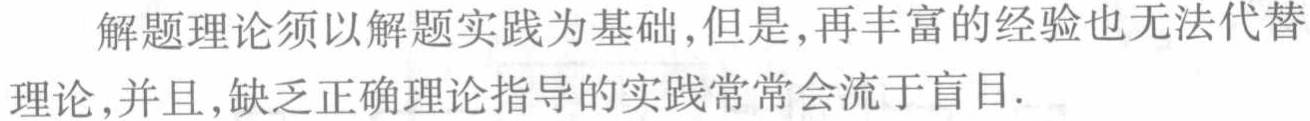
解题理论须以解题实践为基础,但是,再丰富的经验也无法代替理论,并且,缺乏正确理论指导的实践常常会流于盲目.